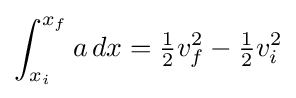
\int _{x_{i}}^{x_{f}}a\,dx={\tfrac {1}{2}}v_{f}^{2}-{\tfrac {1}{2}}v_{i}^{2}